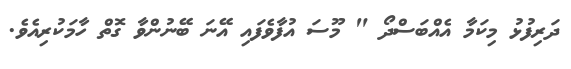
ދަރިފުޅު މިކަމާ އެއްބަސްދޯ " މޫސަ އުފާވެފައި އޭނަ ބޭނުންވާ ގޮތް ހާމަކުރިއެވެ.